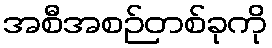
အစီအစဉ်တစ်ခုကို